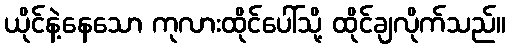
ယိုင်နဲ့နေသော ကုလားထိုင်ပေါ်သို့ ထိုင်ချလိုက်သည်။